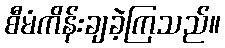
စီမံကိန်းချခဲ့ကြသည်။